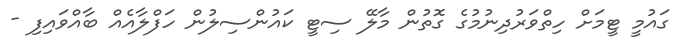
ގައުމީ ޓީމަށް ހިތްވަރުދިނުމުގެ ގޮތުން މާލޭ ސިޓީ ކައުންސިލުން ހަފްލާއެއް ބާއްވައިފި -